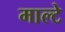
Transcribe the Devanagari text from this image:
माल्टे